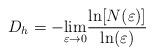
LaTeX: \begin{align*}D_{h}=-\underset{\varepsilon \rightarrow 0}{\lim }{\frac{\ln [N(\varepsilon )]}{\ln (\varepsilon)}}\end{align*}